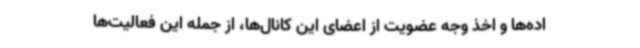
اده‌ها و اخذ وجه عضویت از اعضای این کانال‌ها، از جمله این فعالیت‌ها